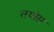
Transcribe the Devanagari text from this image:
तयांस